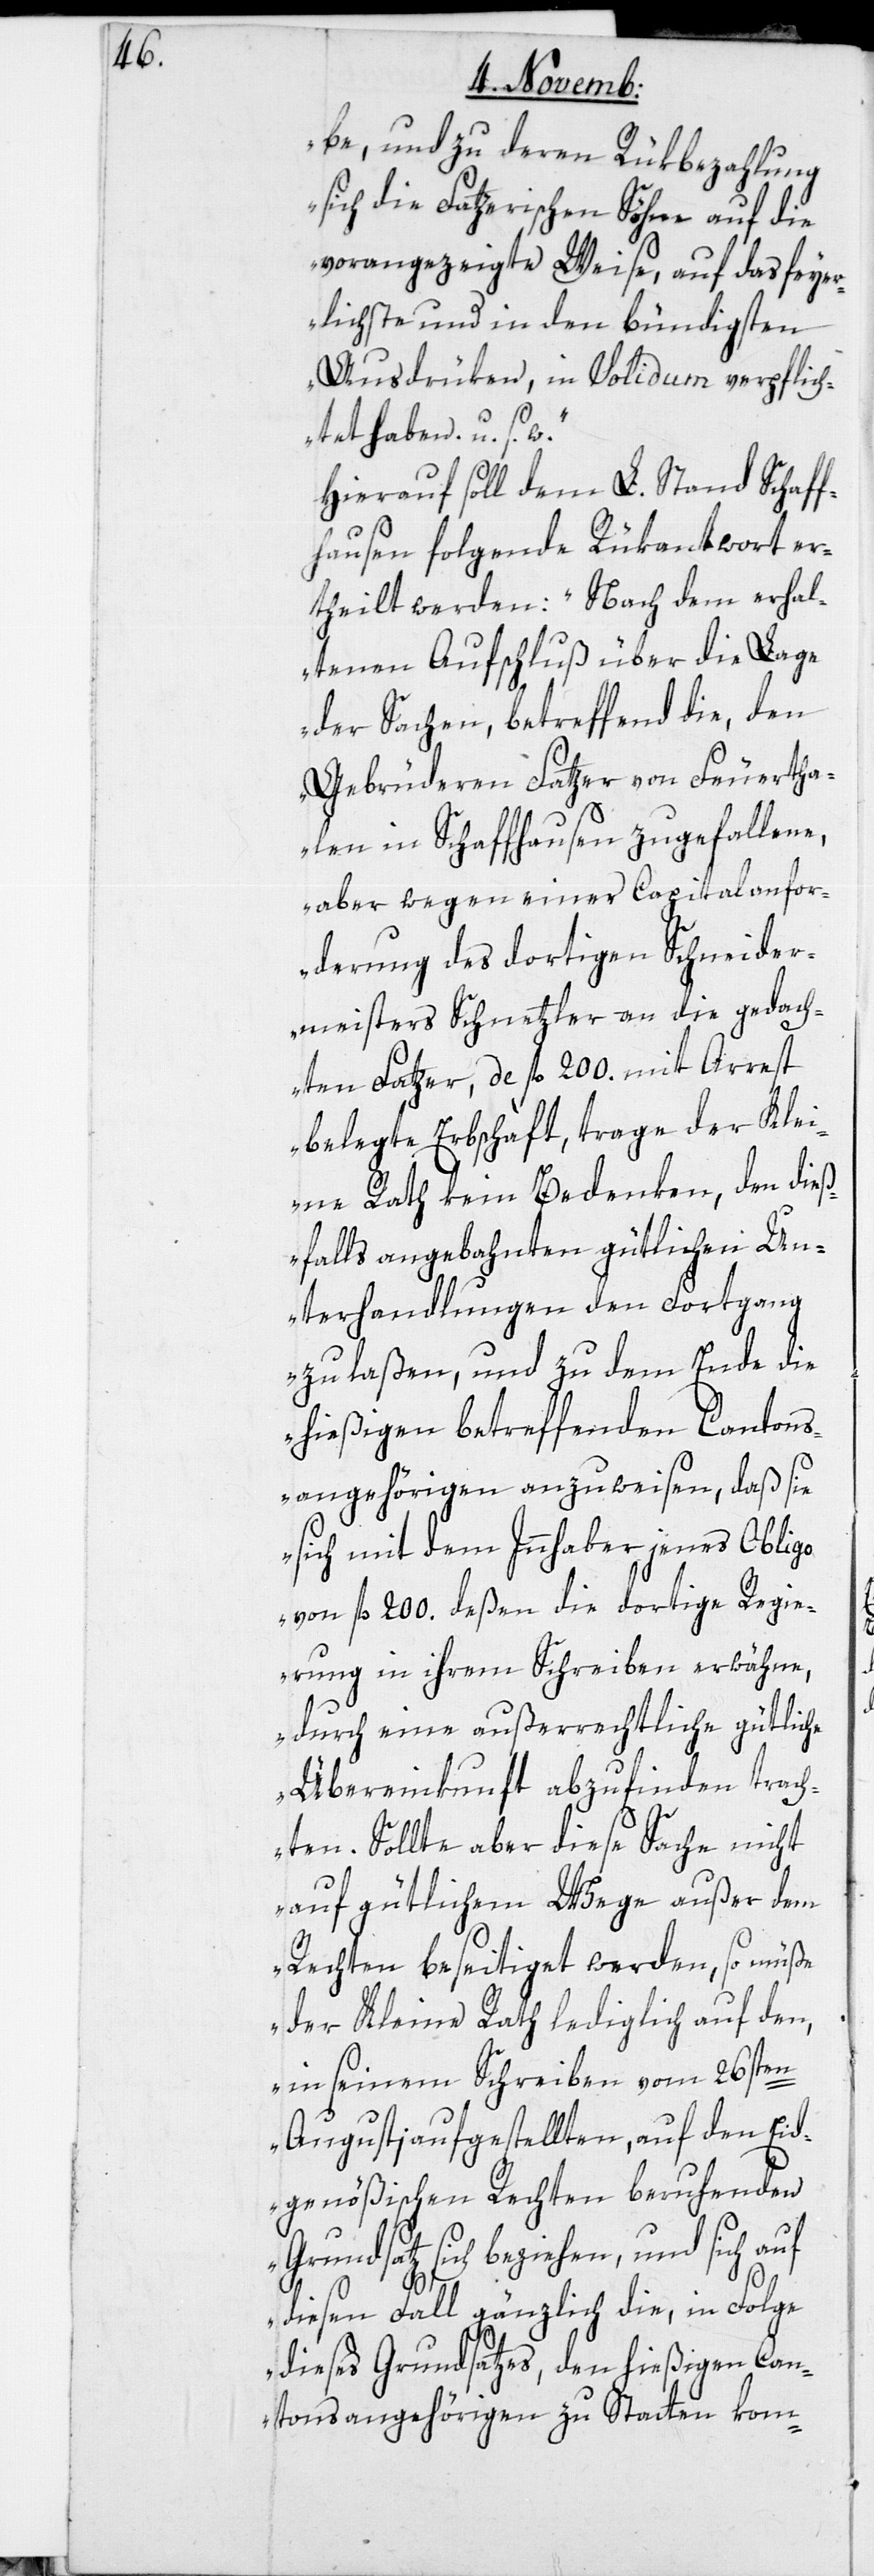
be, und zu deren Rükbezahlung
sich die Fatzerischen Söhne auf die
vorangezeigte Weise, auf das feyer¬
lichste und in den bündigsten
Ausdrüken, in Solidum verpflich¬
tet haben, u. s.
Hierauf soll dem L. Stand Schaf¬
fhausen folgende Rükantwort er¬
theilt werden: „Nach dem erhal¬
tenen Aufschluß über die Lage
der Sachen, betreffend die, den
Gebrüderen Fatzer von Feuertha¬
len in Schaffhausen zugefallene,
aber wegen einer Capitalanfor¬
derung des dortigen Schneider¬
meisters Schnetzler an die gedach¬
ten Fatzer, de, fl. 200. mit Arrest
belegte Erbschaft, trage der Kle¬
ine Rath kein Bedenken, den dieß¬
falls angebahnten gütlichen Un¬
terhandlungen den Fortgang
zu laßen, und zu dem Ende die
hießigen betreffenden Cantons¬
angehörigen anzuweisen, daß sie
sich mit dem Inhaber jenes Obligo
von fl. 200. deßen die dortige Regie¬
rung in ihrem Schreiben erwähne,
durch eine außerrechtliche gütli¬
Übereinkunft abzufinden trach¬
ten. Sollte aber diese Sache nicht
auf gütlichem Wege außer dem
Rechten beseitiget werden, so müße
der Kleine Rath lediglich auf den,
in seinem Schreiben vom 26sten
Augusti aufgestellten, auf den Eid¬
genößischen Rechten beruhenden
Grundsatz sich beziehen, und sich auf
che
diesen Fall gänzlich die, in Folge
dieses Grundsatzes, den hießigen Can¬
tonsangehörigen zu Statten kom-